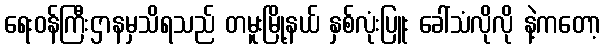
ရေးဝန်ကြီးဌာနမှသိရသည် တမူးမြို့နယ် နှစ်လုံးပြူး ခေါ်သံလိုလို နဲ့ကတော့